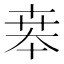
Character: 𠦪